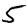
Digit: 5